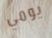
يومي